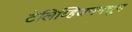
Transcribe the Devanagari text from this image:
टेलिव्हिजनमधून